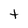
Character: t